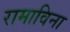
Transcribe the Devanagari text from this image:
रामाविना